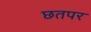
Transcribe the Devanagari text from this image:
छतपर